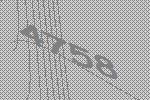
4758